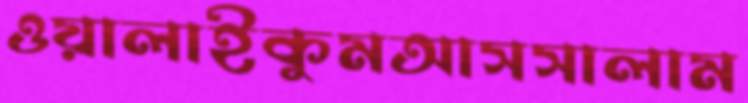
ওয়ালাইকুমআসসালাম